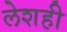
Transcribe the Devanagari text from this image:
लेशही